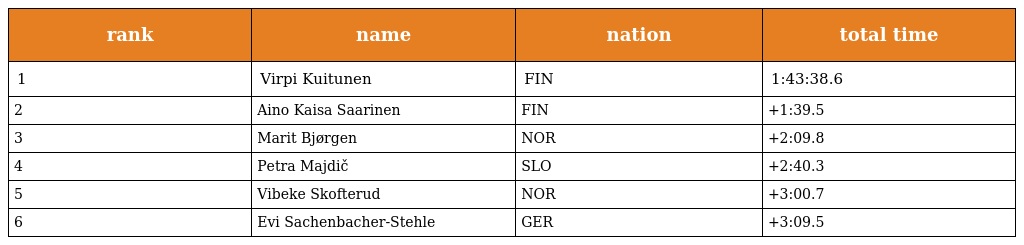
| rank | name | nation | total time |
 | --- | --- | --- | --- |
 | 1 | Virpi Kuitunen | FIN | 1:43:38.6 |
 | 2 | Aino Kaisa Saarinen | FIN | +1:39.5 |
 | 3 | Marit Bjørgen | NOR | +2:09.8 |
 | 4 | Petra Majdič | SLO | +2:40.3 |
 | 5 | Vibeke Skofterud | NOR | +3:00.7 |
 | 6 | Evi Sachenbacher-Stehle | GER | +3:09.5 |